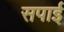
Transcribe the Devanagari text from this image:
सपाई